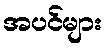
အပင်များ